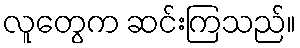
လူတွေက ဆင်းကြသည်။